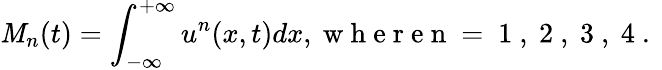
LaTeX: \mathit{M}_{n}(t)=\int_{-\infty}^{+\infty}u^{n}(x,t)dx,\mathrm{{~w~h~e~r~e~n~=~1~,~2~,~3~,~4~.~}}